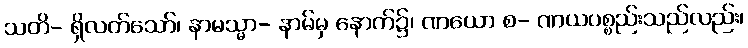
သတိ- ရှိလတ်သော်၊ နာမသ္မာ- နာမ်မှ နောက်၌၊ ဏယော စ- ဏယပစ္စည်းသည်လည်း၊